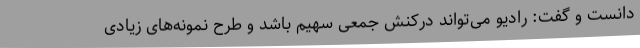
دانست و گفت: رادیو می‌تواند درکنش جمعی سهیم باشد و طرح نمونه‌های زیادی